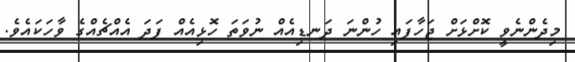
މިދެންނެވީ ކޮށްޅަށް ޖަހާފައި ހުންނަ ދަނޑިއެއް ނުވަތަ ހޮޅިއެއް ފަދަ އެއްޗެއްގެ ވާހަކައެވެ.